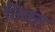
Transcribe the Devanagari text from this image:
विक्त